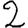
Digit: 2